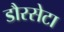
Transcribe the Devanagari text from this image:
डौरसेटा